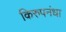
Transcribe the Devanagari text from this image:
किरुपनंधा